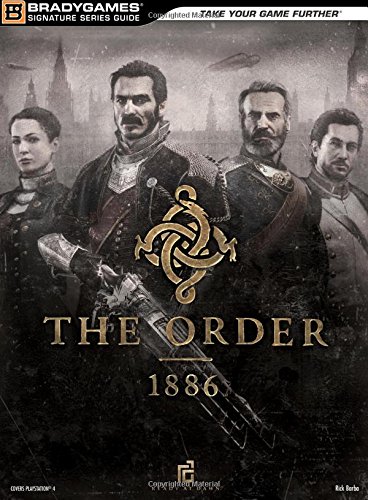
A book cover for The Order:  1886 Signature Series Strategy Guide; Rick Barba; Humor & Entertainment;